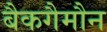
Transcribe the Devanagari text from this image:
बैकगैमौन